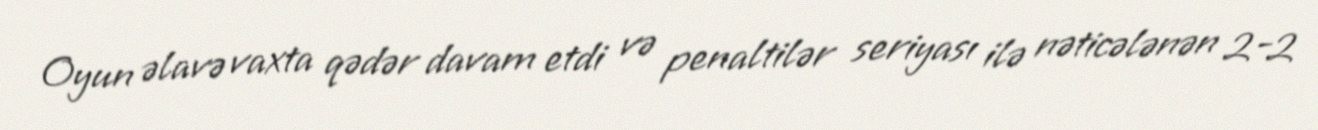
Oyun əlavə vaxta qədər davam etdi və penaltilər seriyası ilə nəticələnən 2-2